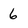
Character: 6